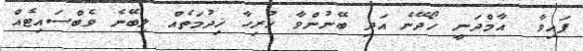
ފައިވާ  އާމްދަނީ ހޯދޭނެ އަދި ބޭނުންވާ ހުރިހާ ޚިދުމަތެއް ލިބޭނެ ވެބްސައިޓެއް